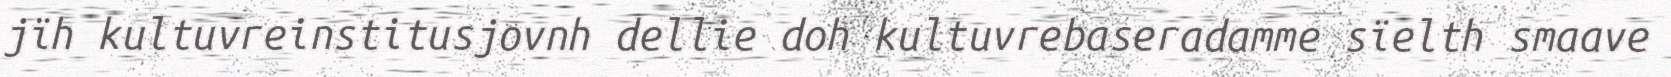
jïh kultuvreinstitusjovnh dellie doh kultuvrebaseradamme sïelth smaave